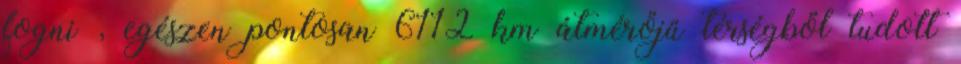
fogni , egészen pontosan 6112 km átmérőjű térségből tudott